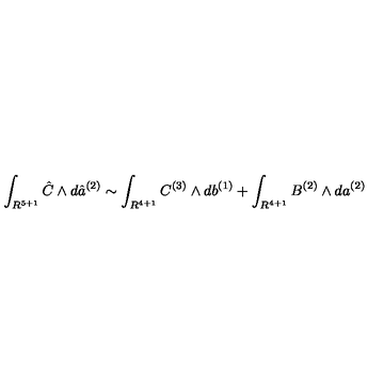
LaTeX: \int _ { R ^ { 5 + 1 } } { \hat { C } } \wedge d { \hat { a } } ^ { ( 2 ) } \sim \int _ { R ^ { 4 + 1 } } C ^ { ( 3 ) } \wedge d b ^ { ( 1 ) } + \int _ { R ^ { 4 + 1 } } B ^ { ( 2 ) } \wedge d a ^ { ( 2 ) }